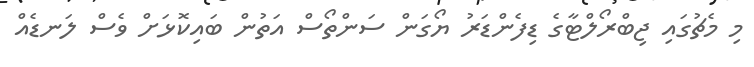
މި މެޗުގައި ޖިބްރޯލްޓާގެ ޑިފެންޑަރު ޔޯގަން ސަންތޯސް އަތުން ބައިކޮޅަށް ވެސް ލަނޑެއް